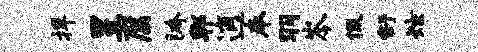
捍昱腐胯郫逍奉羽岑佩舒炫